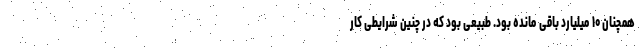
همچنان ۱۰ میلیارد باقی مانده بود. طبیعی بود که در چنین شرایطی کار